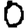
Digit: 0